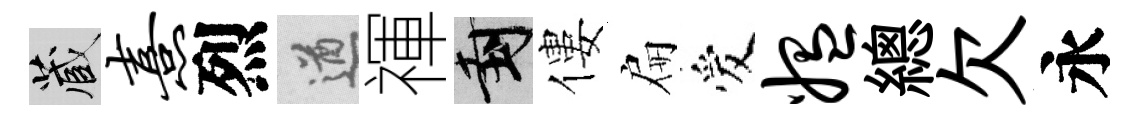
藏熹烈遒禈封僂扁爱媪總欠永